Civil Veterinary Dept. Bombay admin report 1893-99 - 1893-1899
Year: 1893
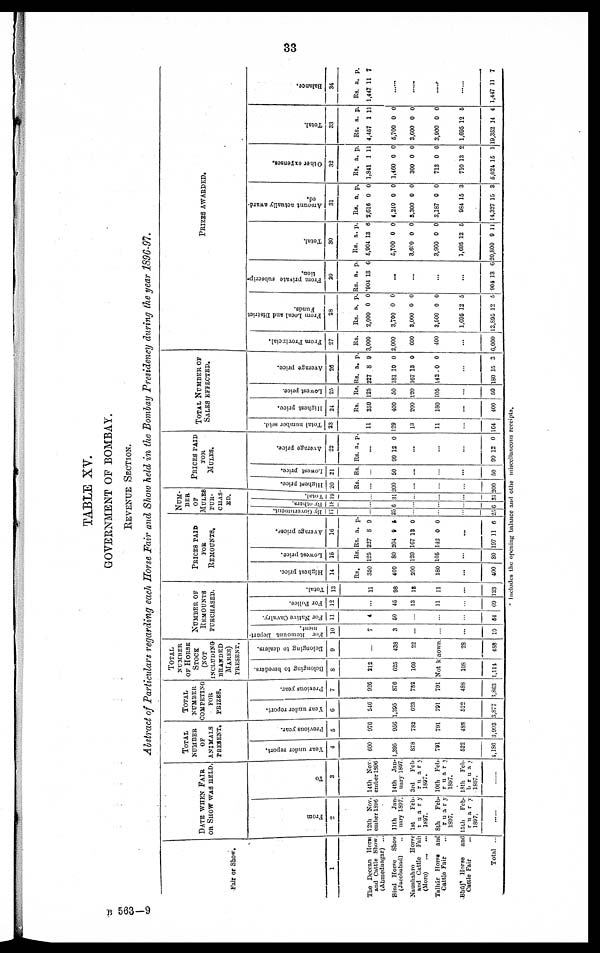
33
TABLE XV.
GOVERNMENT OF BOMBAY.
REVENUE SECTION.
Abstract of Particulars regarding each Horse Fair and Show held in the Bombay Presidency during the year 1896-97.
Fair or Show.
1
The Deccan Horse
and Cattle Show
(Ahmednagar) ..
Sind Horse
Show
(Jacobabad) ..
Naushahro
Horse
and Cattle Fair
(Moro)
...
...
Talhár Horse and
Cattle Fair
...
Bhúj
Horse
and
Cattle Fair
Total ...
DATE WHEN FAIR
OR SHOW WAS HELD.
From
2
12th Nov.
ember 1896
11th
Jan-
uary 1897.
1st
Feb-
ruary
1897.
8th
Feb-
ruary
1897.
15th Feb-
ruary
1897.
To
3
14th Nov
ember 1896
14th
Jan-
uary 1897
3rd
Feb
ruary
1897.
10th Feb
ruary
1897.
18th Feb
bruay
1697.
TOTAL
NUMBER
OF
ANIMALS
PRESENT.
Year under report.
4
600
1,395
878
791
522
1,186
Previous year.
5
976
956
782
791
488
3,993
TOTAL
NUMBER
COMPETING
FOR
PRIZES.
Year under report.
6
546
1,325
623
791
522
3,877
Previous year.
7
926
876
732
791
488
1,863
TOTAL
NUMBER
OF HORSE
STOCK
(NOT
INCLUDING
BRANDED
MARES)
PRESENT.
Belonging
to breeders.
8
212
625
169
Not known.
108
1,114
Belonging to dealers.
9
...
438
22
...
28
488
NUMBER OF
REMOUNT
PURCHASED.
Fur Remount Depart-
ment.
10
7
3
...
...
...
10
For Native Cavalry.
11
4
50
...
...
...
54
For Police.
12
...
45
13
11
...
69
Total.
13
11
98
13
11
...
133
PRICES PAID
FOR
REMOUNTS.
Highest price.
14
Rs.
350
400
200
180
...
400
Lowest price.
15
Rs.
125
80
120
105
...
80
Aver age pr i
ces .
16
Rs.
227
204
107
142
a.
8
9
13
0
p.
9
5
0
0
...
197 11 6
NUM-
---
OF
MULES
PUR-
CHAS-
ED.
By
Government.
17
...
25
...
...
...
25
By
others.
18
...
6
...
...
...
6
Total.
19
...
31
...
...
...
31
Highest price.
20
Rs.
...
200
...
...
...
200
PRICES PAID
FOR
MULES.
Lowest price.
21
Rs.
...
50
...
...
...
50
Aver age price.
22
Rs. a. p.
...
99 12 0
...
...
...
99 12 0
TOTAL NMBER OF
SALES
EFFECTED.
Total number sold.
23
11
129
13
11
...
164
Highest price.
24
Rs.
350
400
200
180
...
400
Lowest price.
25
Rs.
125
50
120
105
...
50
Aver age price.
26
Rs.
227
181
167
142
a.
8
10
13
0
p.
9
0
0
0
...
180 15 3
PRIZES
AWARDED.
From Provincial.
27
Rs.
3,000
2,000
600
100
...
6,000
Fr om Local and Di st r i ct
Funds.
28
Rs.
2,000
3,700
3,000
3,500
1,095
13,895
a.
0
0
0
0
12
12
p.
0
0
0
0
5
5
Fr om private subscrip-
tion.
29
Rs.
*904
a.
13
p.
6
...
...
...
...
904 13 6
Tot al .
30
Rs.
5,904
5,100
3,600
3,900
1,605
20,800
a.
13
0
0
0
12
9
p.
6
0
0
0
5
11
Amo u n t actually award-
ed.
31
Rs.
2,616
4,240
3,300
3,187
984
14,327
a.
0
0
0
0
15
15
p.
0
0
0
0
3
3
Ot her expenses.
32
Rs.
1,84l
1,460
300
713
710
5,024
a.
1
0
0
0
13
15
p.
11
0
0
0
2
1
Tot al .
33
Rs.
4,457
5,700
3,600
3,900
1,695
19,352
a.
1
0
0
0
12
14
p.
11
0
0
0
5
4
Balance.
34
Rs.
1,447
a.
11
p.
7
......
......
......
......
1,447 11 7
Includes the opening balance and othe miscellaneous receipts.
B 563-9